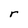
Character: r